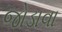
જોડાવા